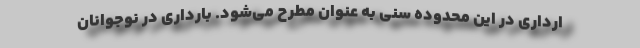
ارداری در این محدوده سنی به عنوان مطرح می‌شود. بارداری در نوجوانان